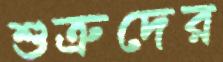
শুত্রুদের